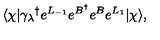
\langle \chi | { \gamma _ { \lambda } } ^ { \dagger } e ^ { L _ { - 1 } } e ^ { B ^ { \dagger } } e ^ { B } e ^ { L _ { 1 } } | \chi \rangle ,